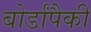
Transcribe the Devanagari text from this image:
बोर्डांपैकी